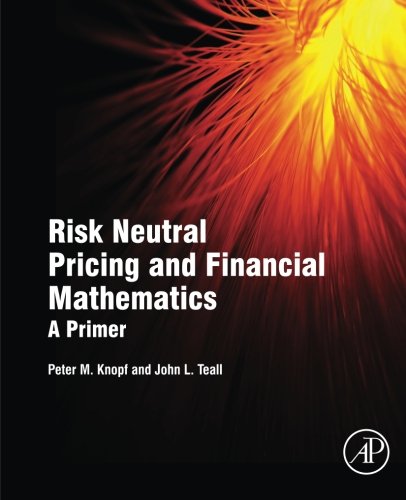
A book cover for Risk Neutral Pricing and Financial Mathematics: A Primer; Peter M. Knopf; Business & Money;